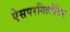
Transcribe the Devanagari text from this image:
ऐसपरगिलोसिस